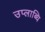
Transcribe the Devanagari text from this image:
उप्लाब्धि